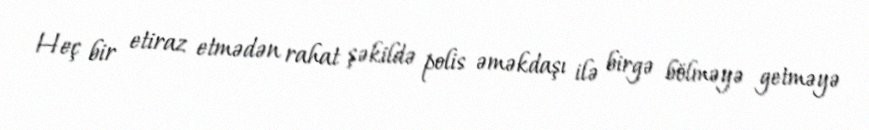
Heç bir etiraz etmədən rahat şəkildə polis əməkdaşı ilə birgə bölməyə getməyə